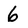
Character: 6